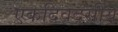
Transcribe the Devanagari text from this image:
एकदिवदसीय